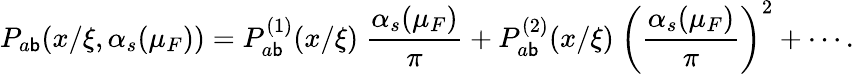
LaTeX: P_{a\mathsf{b}}(x/\xi,\alpha_{s}(\mu_{F}))=P_{a\mathsf{b}}^{(1)}(x/\xi)\ {\frac{{\alpha_{s}(\mu_{F})}}{{\pi}}}+P_{a\mathsf{b}}^{(2)}(x/\xi)\ \left({\frac{{\alpha_{s}(\mu_{F})}}{{\pi}}}\right)^{2}+\cdots.